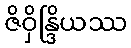
ဇိဝှိန္ဒြိယဿ